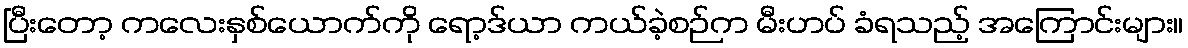
ပြီးတော့ ကလေးနှစ်ယောက်ကို ရော့ဒ်ယာ ကယ်ခဲ့စဉ်က မီးဟပ် ခံရသည့် အကြောင်းများ။